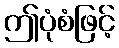
ဤပုံစံဖြင့်